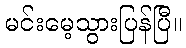
မင်းမေ့သွားပြန်ပြီ။